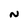
Character: N